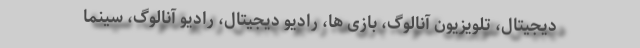
دیجیتال، تلویزیون آنالوگ، بازی ها، رادیو دیجیتال، رادیو آنالوگ، سینما